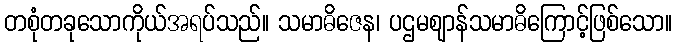
တစုံတခုသောကိုယ်အရပ်သည်။ သမာဓိဇေန၊ ပဌမဈာန်သမာဓိကြောင့်ဖြစ်သော။